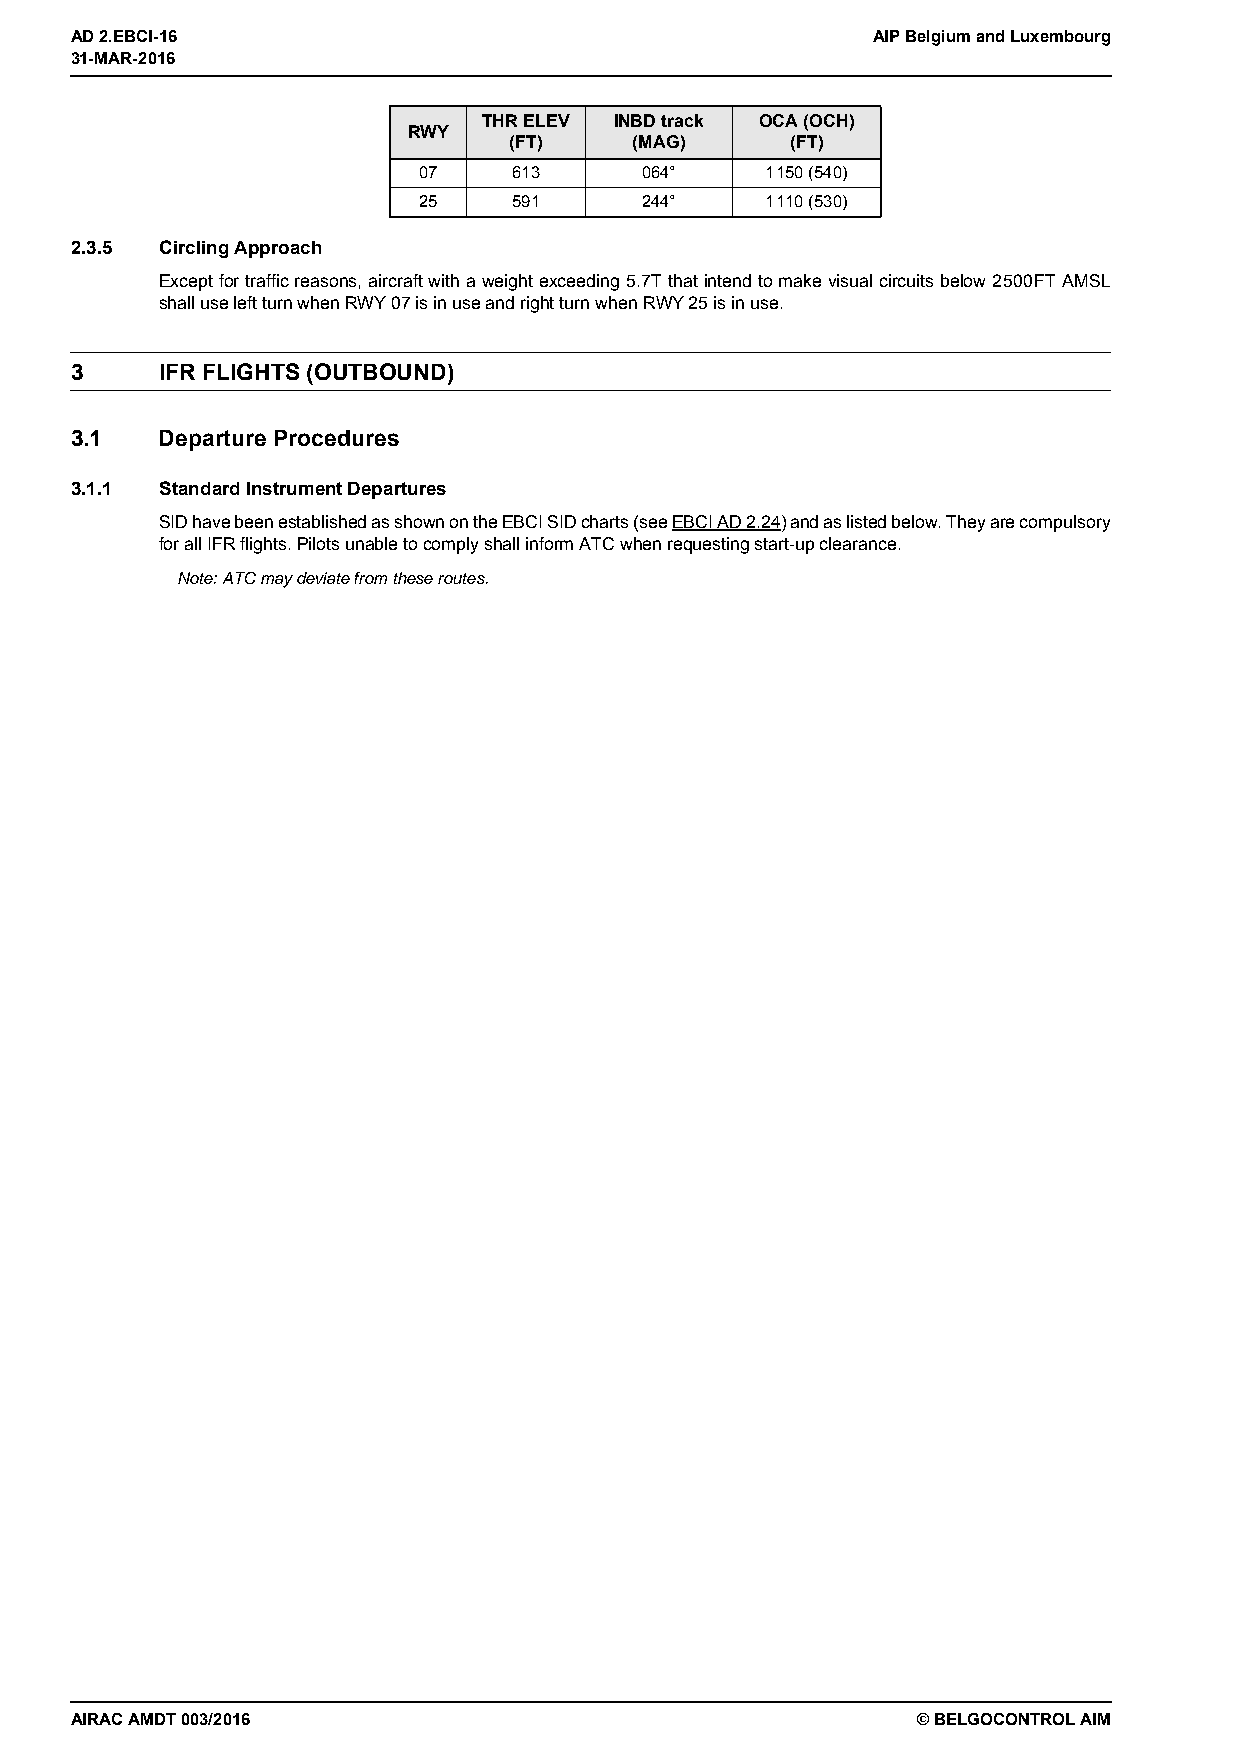
31-MAR-2016
 AD 2.EBCI-16                                         AIP Belgium and Luxembourg
 31-MAR-2016
 THR ELEV INBD track OCA (OCH)
 RWY
 (FT)    (MAG)     (FT)
 07    613     064°     1150 (540)
 25    591     244°     1110 (530)
 2.3.5 Circling Approach
 Except for traffic reasons, aircraft with a weight exceeding 5.7T that intend to make visual circuits below 2500FT AMSL
 shall use left turn when RWY 07 is in use and right turn when RWY 25 is in use.
 3     IFR FLIGHTS (OUTBOUND)
 3.1   Departure Procedures
 3.1.1 Standard Instrument Departures
 SID have been established as shown on the EBCI SID charts (see EBCI AD 2.24) and as listed below. They are compulsory
 for all IFR flights. Pilots unable to comply shall inform ATC when requesting start-up clearance.
 Note: ATC may deviate from these routes.
 AIRAC AMDT 003/2016                                     © BELGOCONTROL AIM